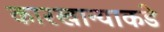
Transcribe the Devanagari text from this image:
कारखान्याकडे